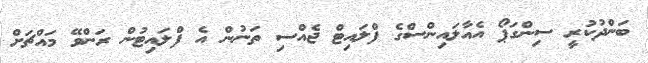
ބަންދުކުރީ ސިންގަޕޯ އެއާލައިންސްގެ ފްލައިޓް ޖެއްސި ތަނުން އެ ފްލައިޓުން ރަންވޭ މައްޗަށް